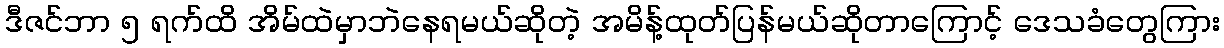
ဒီဇင်ဘာ ၅ ရက်ထိ အိမ်ထဲမှာဘဲနေရမယ်ဆိုတဲ့ အမိန့်ထုတ်ပြန်မယ်ဆိုတာကြောင့် ဒေသခံတွေကြား